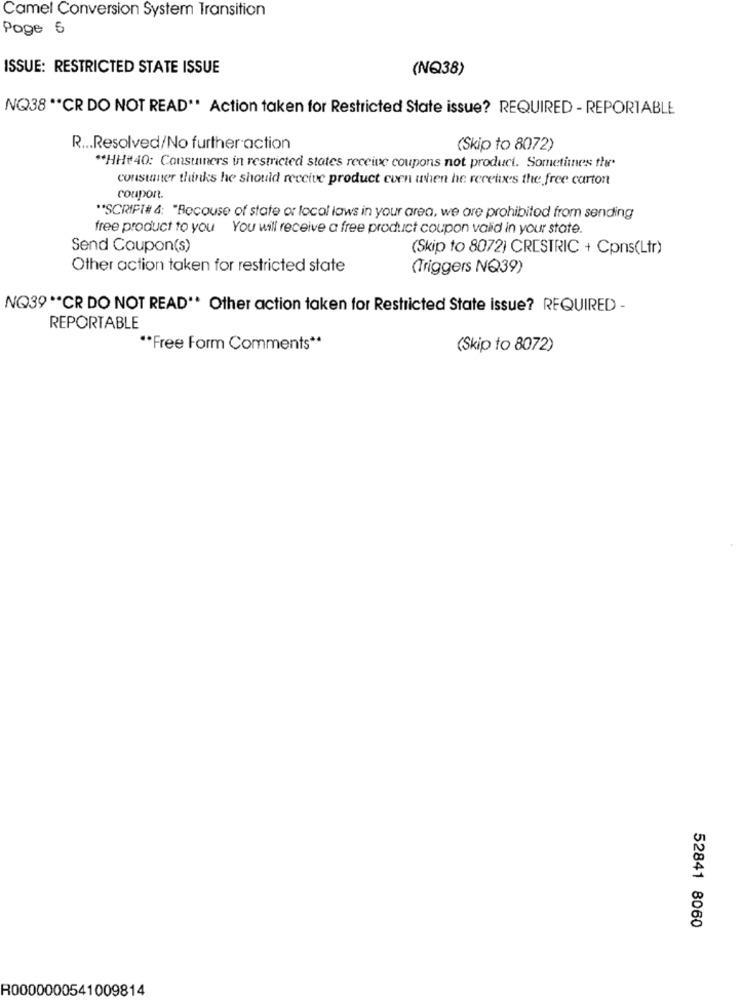
Camel Conversion System Transition
Page 5
ISSUE: RESTRICTED STATE ISSUE
(NQ38)
NQ38 ** CR DO NOT READ"* Action taken for Restricted State issue? REQUIRED - REPORTABLE
R ... Resolved/No further action
(Skip to 8072)
"HH#40: Consumers in restricted states receive coupons not product. Sometimes there
consumer thinks he should receive product even when he receives the free carton
coupon.
"*SCRIPT# 4: "Becouse of state or local laws in your area, we are prohibited from sending
free product to you You will receive a free product coupon valid in your state.
Send Coupon(s)
(Skip to 8072) CRESTRIC + Cpns(Ltr)
Other action taken for restricted state
(Triggers NQ39)
NO39 ** CR DO NOT READ"* Other action taken for Restricted State issue? REQUIRED -
REPORTABLE
"*Free Form Comments **
(Skip to 8072)
52841 8060
R0000000541009814